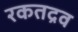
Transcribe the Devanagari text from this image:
रकतद्रव